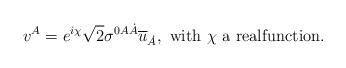
LaTeX: \begin{align*}v^A=e^{i\chi}\sqrt{2}\sigma^{0 A\dot{A}}\overline{u}_{\dot{A}},\ \mbox{with $\chi$ a realfunction.}\end{align*}